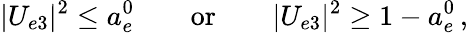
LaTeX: |U_{e3}|^{2}\leq a_{e}^{0}\qquad\mathrm{or}\qquad|U_{e3}|^{2}\geq 1-a_{e}^{0}\, ,